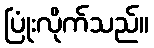
ပြုံးလိုက်သည်။